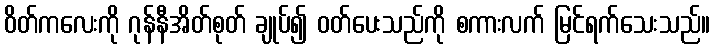
ဝိတ်ကလေးကို ဂုန်နီအိတ်စုတ် ချုပ်၍ ဝတ်ပေးသည်ကို စကားလက် မြင်ရက်သေးသည်။